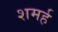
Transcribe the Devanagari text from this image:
शमर्ह